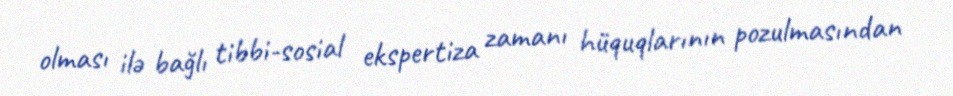
olması ilə bağlı tibbi-sosial ekspertiza zamanı hüquqlarının pozulmasından